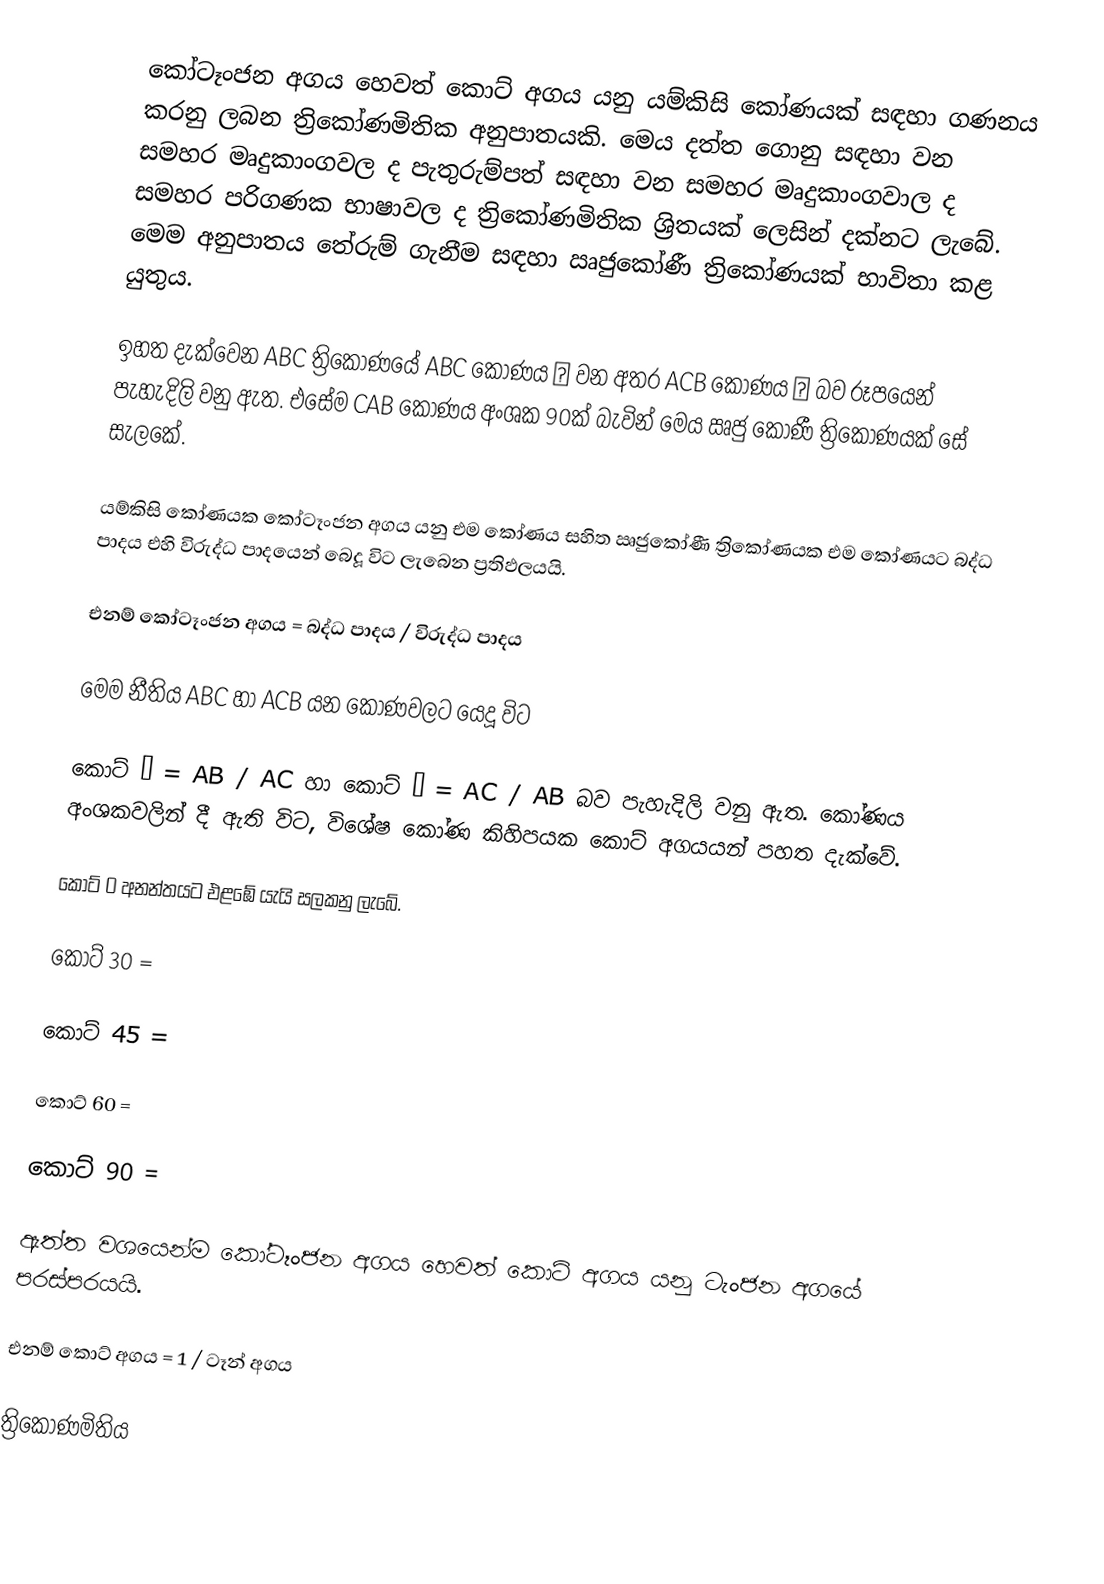
කෝටෑංජන  අගය හෙවත් කොට් අගය යනු යම්කිසි කෝණයක් සඳහා ගණනය කරනු ලබන ත්‍රිකෝණමිතික අනුපාතයකි.  මෙය දත්ත ගොනු සඳහා වන සමහර මෘදුකාංගවල ද පැතුරුම්පත් සඳහා වන සමහර මෘදුකාංගවාල ද සමහර පරිගණක භාෂාවල ද ත්‍රිකෝණමිතික ශ්‍රිතයක් ලෙසින් දක්නට ලැබේ.  මෙම අනුපාතය තේරුම් ගැනීම සඳහා ඍජුකෝණී ත්‍රිකෝණයක් භාවිතා කළ යුතුය.

ඉහත දැක්වෙන ABC ත්‍රිකෝණයේ ABC කෝණය α  වන අතර ACB කෝණය β  බව රූපයෙන් පැහැදිලි වනු ඇත. එසේම CAB කෝණය අංශක 90ක් බැවින් මෙය ඍජු කෝණී ත්‍රිකෝණයක් සේ සැලකේ.

යම්කිසි කෝණයක කෝටෑංජන  අගය යනු එම කෝණය සහිත ඍජුකෝණී ත්‍රිකෝණයක එම කෝණයට බද්ධ පාදය එහි විරුද්ධ  පාදයෙන් බෙදූ  විට ලැබෙන ප්‍රතිඵලයයි.

එනම් කෝටෑංජන  අගය = බද්ධ පාදය / විරුද්ධ  පාදය

මෙම නීතිය ABC හා ACB යන කෝණවලට යෙදූ විට

කොට් α  = AB / AC   හා  කොට් β  =  AC / AB බව පැහැදිලි වනු ඇත. කෝණය අංශකවලින් දී ඇති විට, විශේෂ කෝණ කිහිපයක කොට් අගයයන් පහත දැක්වේ.

කොට් 0   අනන්තයට එළඹේ යැයි සලකනු ලැබේ.

කොට් 30 =

කොට් 45   =

කොට් 60 =

කොට් 90 =

ඇත්ත වශයෙන්ම කෝටෑංජන අගය හෙවත් කොට් අගය යනු ටැංජන අගයේ පරස්පරයයි.

එනම් කොට් අගය = 1 / ටෑන් අගය

ත්‍රිකෝණමිතිය